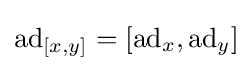
\operatorname {ad} _{[x,y]}=\left[\operatorname {ad} _{x},\operatorname {ad} _{y}\right]